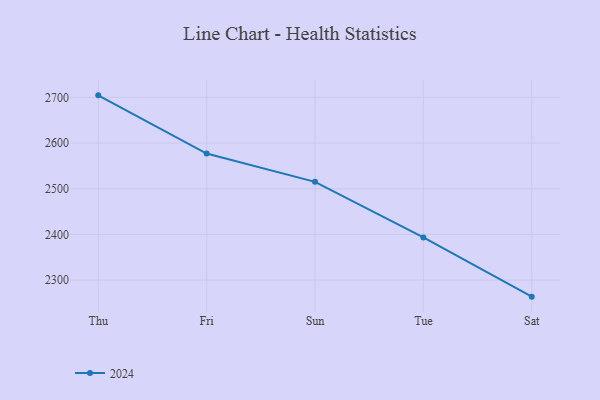
{"axis": {"x": "Day", "y": "LTV (USD)"}, "legend": ["2024"], "data": [{"x": "Thu", "y": 2704.5, "type": "2024"}, {"x": "Fri", "y": 2577.1, "type": "2024"}, {"x": "Sun", "y": 2515.1, "type": "2024"}, {"x": "Tue", "y": 2393.5, "type": "2024"}, {"x": "Sat", "y": 2263.8, "type": "2024"}]}